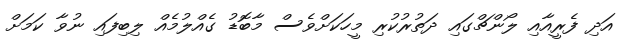
އަދި ފެރީއާއި ލޯންޗްގައި ދަތުރުކުރި މީހަކަށްވެސް މާބޮޑު ގެއްލުމެއް ލިބިފައި ނުވާ ކަމަށް